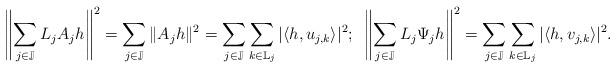
LaTeX: \begin{align*}\left\|\sum\limits_{j \in \mathbb{J}}L_jA_jh\right\|^2=\sum\limits_{j \in \mathbb{J}}\|A_jh\|^2=\sum\limits_{j \in \mathbb{J}}\sum\limits_{k \in \mathbb{L}_j}|\langle h, u_{j,k}\rangle|^2; ~\left\|\sum\limits_{j \in \mathbb{J}}L_j\Psi_jh\right\|^2=\sum\limits_{j \in \mathbb{J}}\sum\limits_{k \in \mathbb{L}_j}|\langle h, v_{j,k}\rangle|^2.\end{align*}